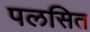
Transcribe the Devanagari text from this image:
पलसित